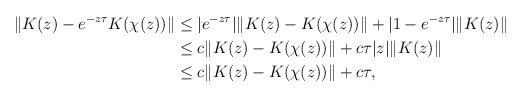
LaTeX: \begin{align*} \| K(z)-e^{-z\tau} K(\chi(z)) \| & \le |e^{-z\tau}|\| K(z)-K(\chi(z)) \| + |1-e^{-z\tau} |\|K(z)\| \\ & \le c\| K(z)-K(\chi(z)) \| + c\tau |z|\|K(z)\|\\ & \le c\|K(z)-K(\chi(z))\| + c\tau,\end{align*}